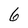
Character: 6